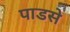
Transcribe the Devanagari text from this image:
पाडसे